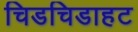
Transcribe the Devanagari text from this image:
चिडचिडाहट